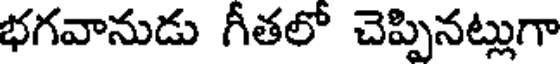
భగవానుడు గీతలో చెప్పినట్లుగా